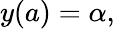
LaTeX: y(a)=\alpha,